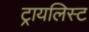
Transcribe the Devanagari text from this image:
ट्रायलिस्ट